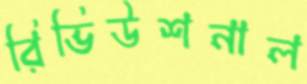
রিভিউশনাল